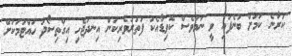
ކުރާނެ ކަމަށް ބުނެފައި ވީ ނަމަވެސް ކޮވިޑާއެކު ފަތުރުވެރިކަން އިނދަޖެހި އިގްތިސޯދު ހުއްޓުމަކަށް